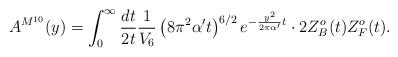
LaTeX: \begin{align*}A^{M^{10}}(y) = \int_0^\infty {{dt} \over {2t}} {1 \over {V_6}} \left( 8 \pi^2 \alpha' t \right)^{6/2} e^{- {{y^2} \over {2 \pi \alpha'}} t} \cdot 2 Z^o_B(t)Z^o_F(t).\end{align*}